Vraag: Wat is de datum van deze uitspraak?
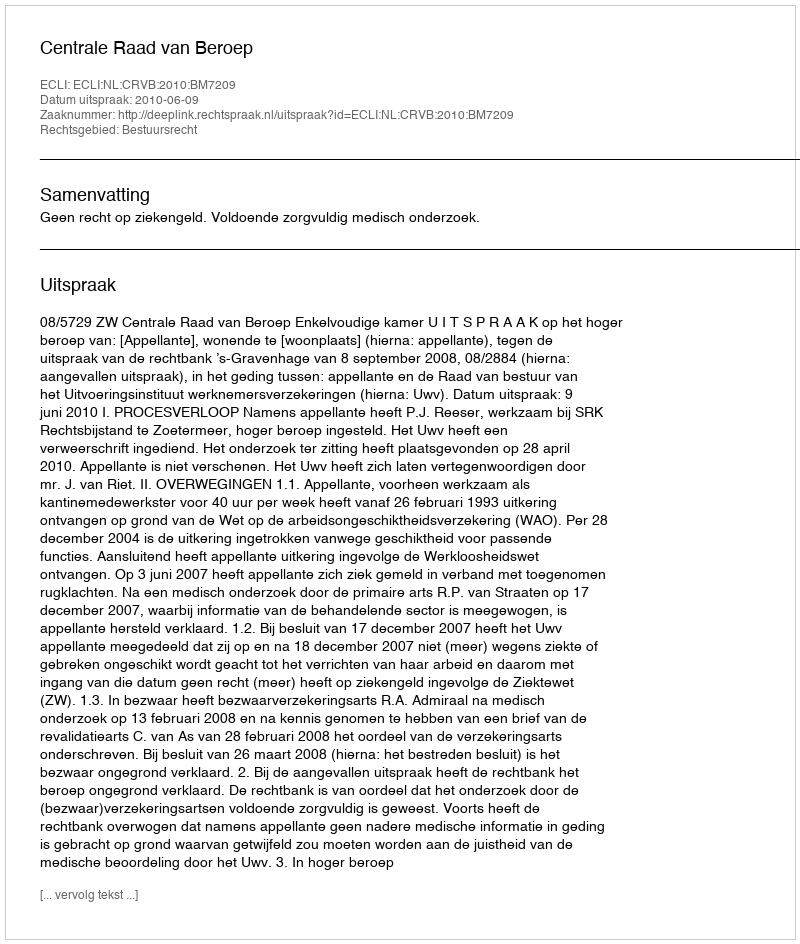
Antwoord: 2010-06-09